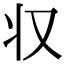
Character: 𠬧